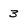
Character: 3